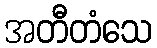
အတီတံသေ